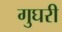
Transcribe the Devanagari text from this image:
गुघरी